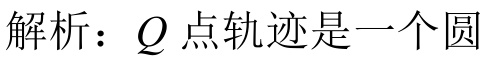
解析：$Q$点轨迹是一个圆